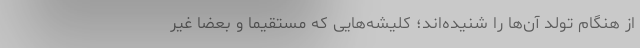
از هنگام تولد آن‌ها را شنیده‌اند؛ کلیشه‌هایی که مستقیما و بعضا غیر